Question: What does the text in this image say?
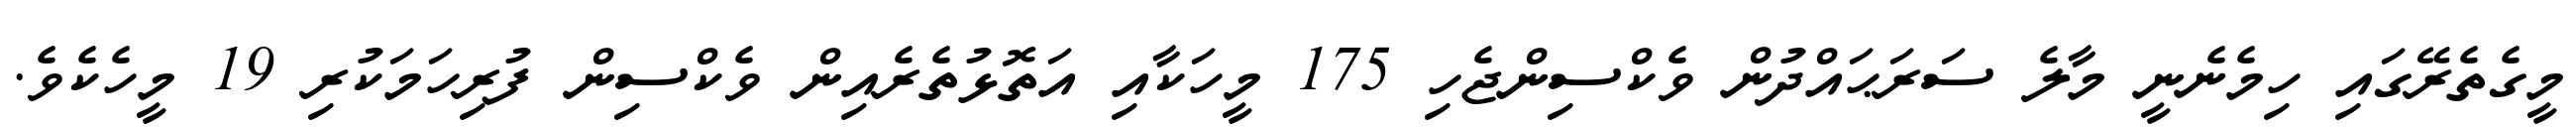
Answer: މީގެތެރޭގައި ހިމެނެނީ މާލެ ސަރަޙައްދުން ވެކްސިންޖެހި 175 މީހަކާއި އަތޮޅުތެރެއިން ވެކްސިން ފުރިހަމަކުރި 19 މީހެކެވެ.